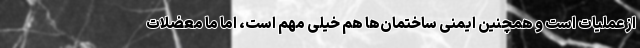
از عملیات است و همچنین ایمنی ساختمان‌ها هم خیلی مهم است، اما ما معضلات